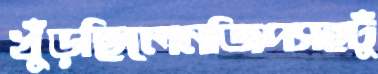
খুঁড়ছিলেনজিপসহঢুঁ